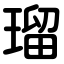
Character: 瑠